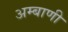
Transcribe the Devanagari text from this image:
अम्बाणी